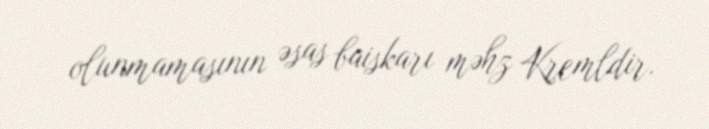
olunmamasının əsas baiskarı məhz Kremldir.